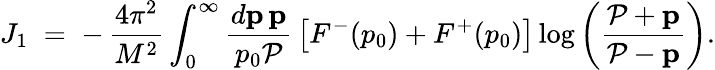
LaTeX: J_{1}\; =\; -\, {\displaystyle{\frac{4\pi^{2}}{M^{2}}}}\int_{0}^{\infty}{\displaystyle{\frac{d{\mathbf p}\, {\mathbf p}}{p_{0}{\cal P}}}}\left[F^{-}(p_{0})+F^{+}(p_{0})\right]\log\left({\displaystyle{\frac{{\cal P}+{\mathbf p}}{{\cal P}-{\mathbf p}}}}\right).